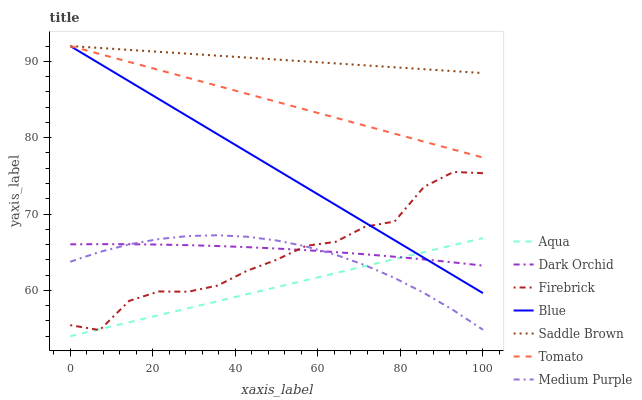
| xaxis_label | Aqua | Dark Orchid | Firebrick | Blue | Saddle Brown | Tomato | Medium Purple |
 | --- | --- | --- | --- | --- | --- | --- | --- |
 | 0 | 54 | 66 | 55.5 | 92 | 92 | 92 | 63.8 |
 | 7.14 | 54.9 | 66.1 | 54.8 | 89.7 | 91.7 | 91 | 65 |
 | 14.3 | 55.8 | 66 | 58.6 | 87.4 | 91.5 | 89.9 | 66 |
 | 21.4 | 56.8 | 66 | 59.9 | 85.1 | 91.2 | 88.9 | 66.7 |
 | 28.6 | 57.7 | 65.9 | 59.8 | 82.8 | 91 | 87.8 | 67.1 |
 | 35.7 | 58.6 | 65.8 | 60.6 | 80.4 | 90.7 | 86.8 | 67.2 |
 | 42.9 | 59.5 | 65.7 | 62.6 | 78.1 | 90.5 | 85.7 | 67 |
 | 50 | 60.4 | 65.5 | 64 | 75.8 | 90.2 | 84.7 | 66.5 |
 | 57.1 | 61.3 | 65.3 | 65.8 | 73.5 | 90 | 83.7 | 65.8 |
 | 64.3 | 62.3 | 65 | 66.4 | 71.2 | 89.7 | 82.6 | 64.7 |
 | 71.4 | 63.2 | 64.7 | 68.3 | 68.9 | 89.5 | 81.6 | 63.3 |
 | 78.6 | 64.1 | 64.4 | 69 | 66.6 | 89.2 | 80.5 | 61.6 |
 | 85.7 | 65 | 64.1 | 73.6 | 64.3 | 89 | 79.5 | 59.7 |
 | 92.9 | 65.9 | 63.7 | 75.5 | 62 | 88.7 | 78.4 | 57.4 |
 | 100 | 66.9 | 63.2 | 75.3 | 59.6 | 88.5 | 77.4 | 54.8 |